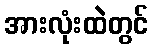
အားလုံးထဲတွင်